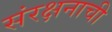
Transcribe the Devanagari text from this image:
संरक्षनाची